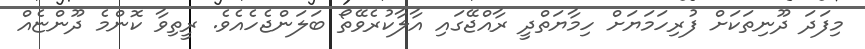
މިފަދަ ދޫނިތަކަށް ފުރިހަމަޔަށް ހިމާޔަތްދީ ރާއްޖޭގައި އާލާކުރެވޭތޯ ބަލަންޖެހެއެވެ. ރީތިވާ ކޮންމެ ދޫންޏެއް